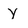
Character: y